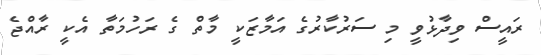
ރައީސް ވިދާޅުވީ މި ސަރުކާރުގެ އަމާޒަކީ މާތް ގެ ރަހުމަތާ އެކީ ރާއްޖެ